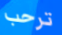
ترحب